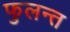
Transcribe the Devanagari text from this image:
फुलन्त